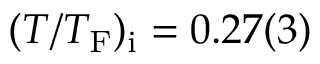
( T / T _ { \mathrm { F } } ) _ { \mathrm { i } } = 0 . 2 7 ( 3 )